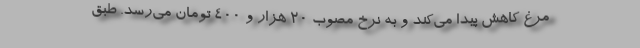
مرغ کاهش پیدا می‌کند و به نرخ مصوب ۲۰ هزار و ۴۰۰ تومان می‌رسد. طبق